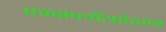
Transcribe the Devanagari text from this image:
एक्सप्लॉयटेशन